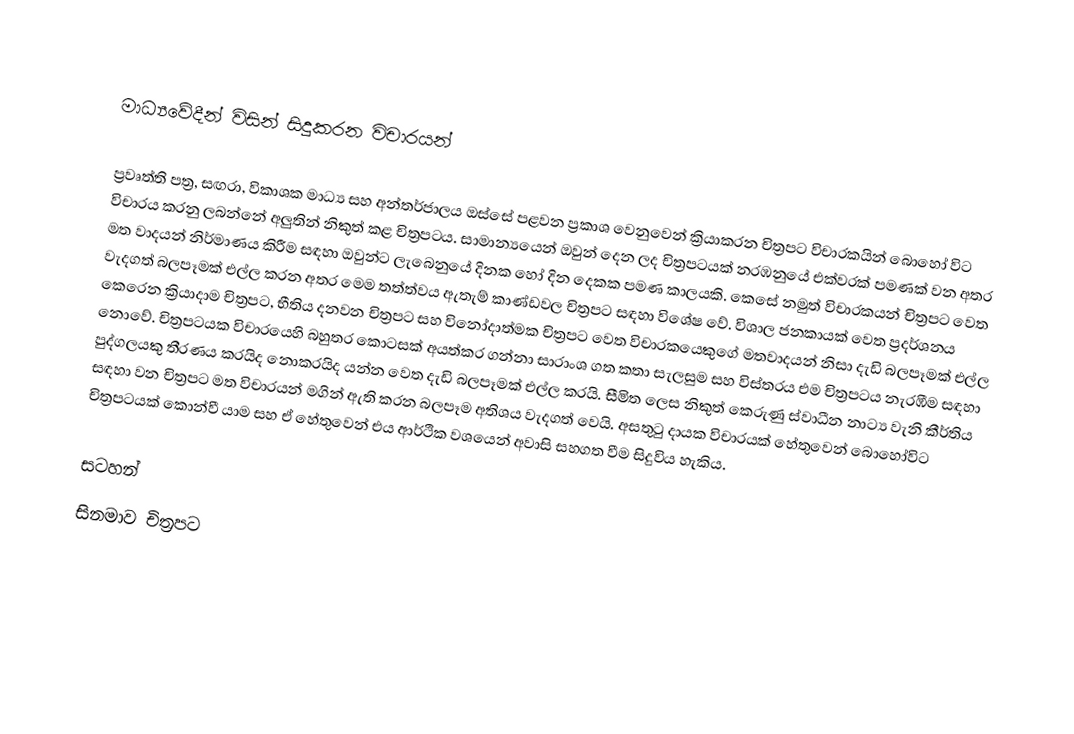

මාධ්‍යවේදීන් විසින් සිදුකරන විචාරයන්

ප්‍රවෘත්ති පත්‍ර, සඟරා, විකාශක මාධ්‍ය සහ අන්තර්ජාලය ඔස්සේ පළවන ප්‍රකාශ වෙනුවෙන් ක්‍රියාකරන චිත්‍රපට විචාරකයින් බොහෝ විට විචාරය කරනු ලබන්නේ අලුතින් නිකුත් කළ චිත්‍රපටය. සාමාන්‍යයෙන් ඔවුන් දෙන ලද චිත්‍රපටයක් නරඹනුයේ එක්වරක් පමණක් වන අතර මත වාදයන් නිර්මාණය කිරීම සඳහා ඔවුන්ට ලැබෙනුයේ දිනක හෝ දින දෙකක පමණ කාලයකි. කෙසේ නමුත් විචාරකයන් චිත්‍රපට වෙත වැදගත් බලපෑමක් එල්ල කරන අතර මෙම තත්ත්වය ඇතැම් කාණ්ඩවල චිත්‍රපට සඳහා විශේෂ වේ. විශාල ජනකායක් වෙත ප්‍රදර්ශනය කෙරෙන ක්‍රියාදාම චිත්‍රපට, භීතිය දනවන චිත්‍රපට සහ විනෝදාත්මක චිත්‍රපට වෙත විචාරකයෙකුගේ මතවාදයන් නිසා දැඩි බලපෑමක් එල්ල නොවේ. චිත්‍රපටයක විචාරයෙහි බහුතර කොටසක් අයත්කර ගන්නා සාරාංශ ගත කතා සැලසුම සහ විස්තරය එම චිත්‍රපටය නැරඹීම සඳහා පුද්ගලයකු තීරණය කරයිද නොකරයිද යන්න වෙත දැඩි බලපෑමක් එල්ල කරයි. සීමිත ලෙස නිකුත් කෙරුණු ස්වාධීන නාට්‍ය වැනි කීර්තිය සඳහා වන චිත්‍රපට මත විචාරයන් මගින් ඇති කරන බලපෑම අතිශය වැදගත් වෙයි. අසතුටු දායක විචාරයක් හේතුවෙන් බොහෝවිට චිත්‍රපටයක් කොන්වී යාම සහ ඒ හේතුවෙන් එය ආර්ථික වශයෙන් අවාසි සහගත වීම සිදුවිය හැකිය.

සටහන්
සිනමාව චිත්‍රපට